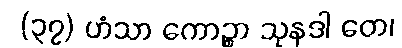
(၃၇) ဟံသာ ကောဉ္စာ သုနဒါ တေ၊